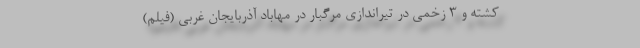
کشته و 3 زخمی در تیراندازی مرگبار در مهاباد آذربایجان غربی (فیلم)